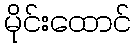
မိုင်းထောင်